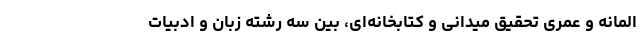
المانه و عمری تحقیقِ میدانی و کتابخانه‌ای، بین سه رشته زبان و ادبیات